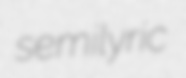
semilyric